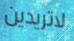
لاتريدين